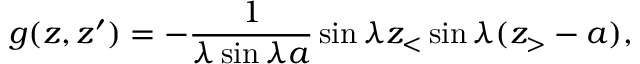
g ( z , z ^ { \prime } ) = - { \frac { 1 } { \lambda \sin \lambda a } } \sin \lambda z _ { < } \sin \lambda ( z _ { > } - a ) ,